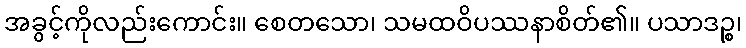
အခွင့်ကိုလည်းကောင်း။ စေတသော၊ သမထဝိပဿနာစိတ်၏။ ပသာဒဉ္စ၊